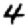
Digit: 4